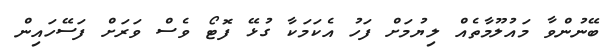
ބޭނުންވާ މައުލޫމާތެއް ލިޔުމަށް ފަހު އެކަމަކާ ގުޅޭ ފޮޓޯ ވެސް ވަރަށް ފަސޭހައިން